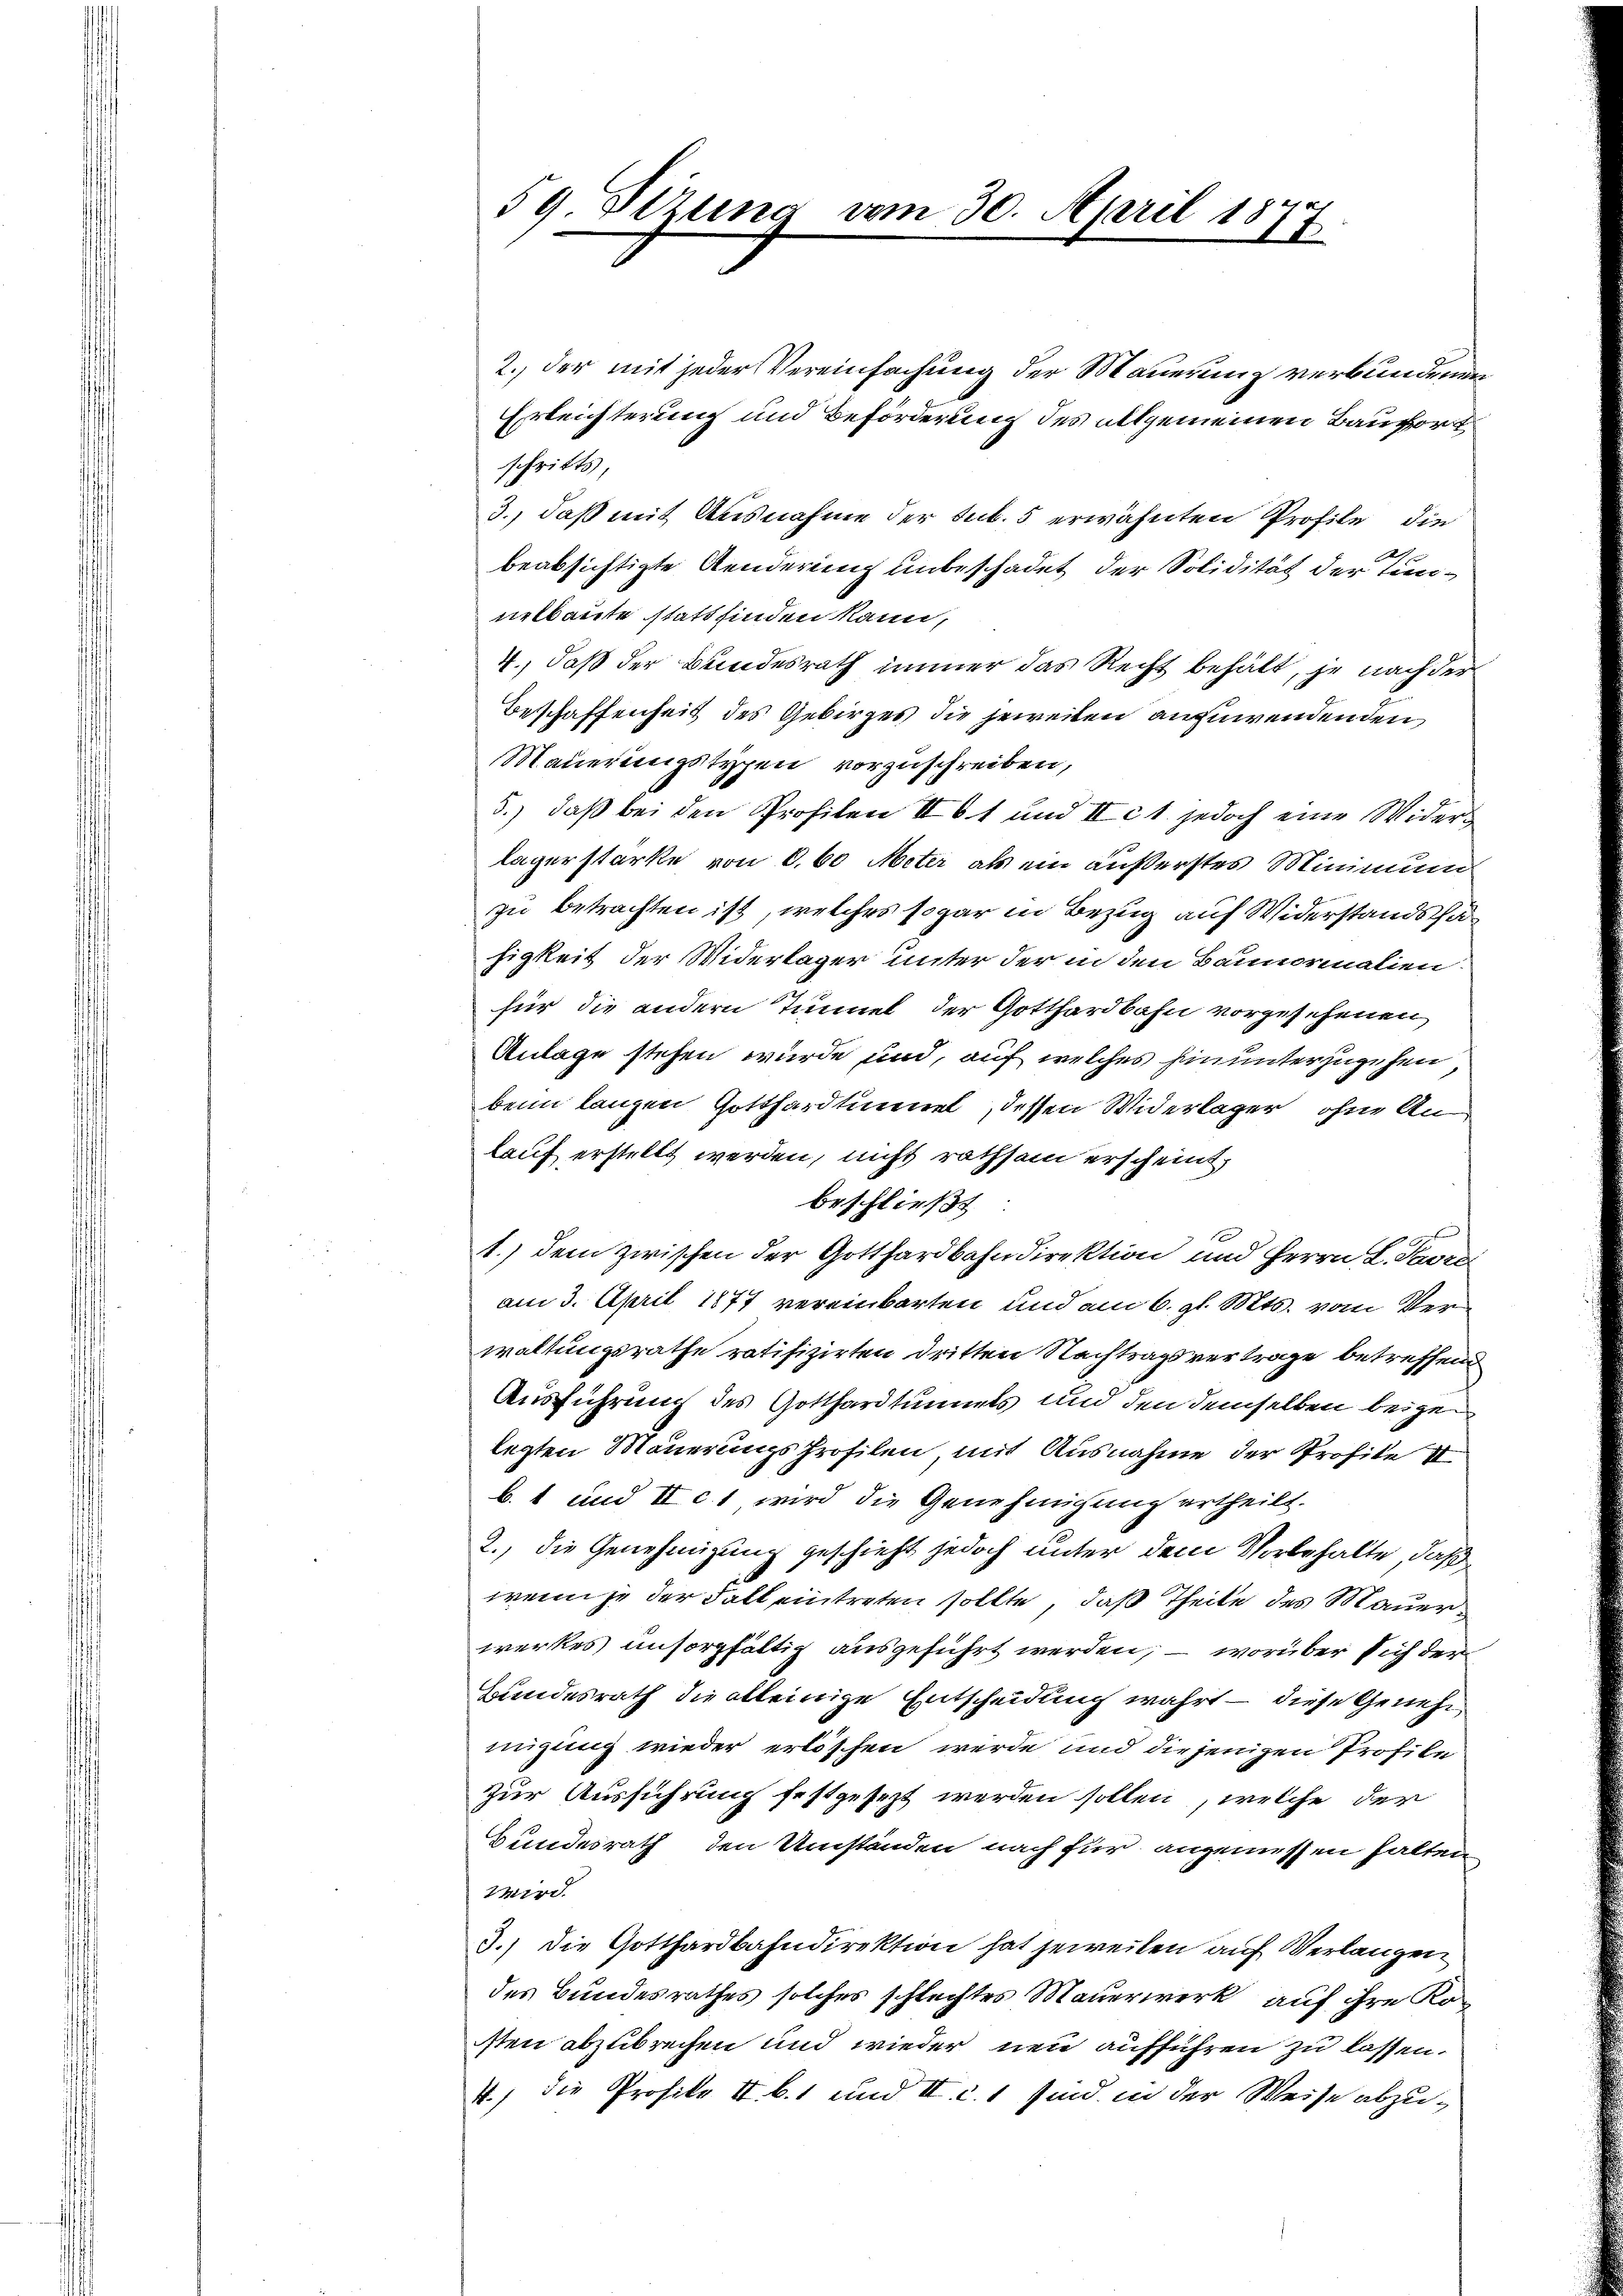
59. Sizung vom 30. April 1877

2., der mit jeder Vereinfachung der Mauerung verbundenen
Erleichterung und Beförderung des allgemeinen Bauhort
schritts,
3., daß mit Ausnahme der sub. 5 erwähnten Profile die
beabsichtigte Aenderung unbeschadet der Solidität der Tunnelbaute stattfinden kann,
4., daß der Bundesrath immer das Recht behält, je nach der
Beschaffenheit des Gebirges die jeweiten anzuwendenden
Mauerungstypen vorzuschreiben,
3.) daß bei den Profilen II 1 und II c 1. jedoch eine Widerläger starke von 8,60 Meter als ein äußerstes Minimum
zu betrachten ist, welches sogar in Bezug auf Widerstandscha
higkeit der Widerlager unter der in den Bannormalien.
für die andern Tunnel der Gotthardbahn vorgesehenen,
Anlage stehen wurde und, auf welches hinunterzugehen,
beim langen Gotthardtunnel, dessen Widerlager, ohne Anlauf erstellt werden, nicht rathsam erscheint,
beschließt
1.) dem zwischen der Gotthardbahndirektion und Herrn L. Savre
am 3. April 1877 vereinbarten und am 6. gl. Mts. vom Verwaltungsrathe ratifizirten dritten Nachtragsvertrage betreffend
Ausführung des Gotthardtunnels und den demselben beizulegten Mauerungsprofilen, mit Ausnahme der Profite
b. 1 und II c. 1, wird die Genehmigung ertheilt.
2., die Genehmigung geschieht jedoch unter dem Vorbehalte, daß
wenn je der Fall eintreten sollte, daß Theile des Mauerwerkes unsorgfältig ausgeführt werden, – worüber sich der
Bundesrath die alleinige Entscheidung wahrt – diese Genehmigung wieder erlöschen werde und die jenigen Profile
Zur Ausführung festgesezt werden sollen, welche der
Bundesrath den Umständen nach für angemessen halten
wird.
3.) Die Gotthardbahndirektion hat jeweilen auf Verlangen
des Bundesrathes solches schlechtes Mauerwerk auf ihre Kosten abzubrechen und wieder neu aufführen zu lassen.
7) die Profite I. b. 1 und II. c. 1 sind in der Weise abzu¬